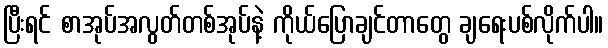
ပြီးရင် စာအုပ်အလွတ်တစ်အုပ်နဲ့ ကိုယ်ပြောချင်တာတွေ ချရေးပစ်လိုက်ပါ။